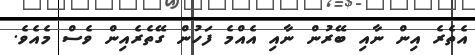
އެތެރެ އިން ނާއި ބޭރުން ނާއި އެއްމެ ފަހުން ގޭތެރެއިން ވެސް މެއެވެ.